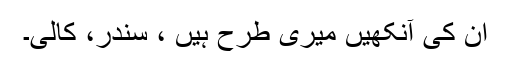
ان کی آنکھیں میری طرح ہیں ، سندر، کالی۔